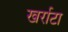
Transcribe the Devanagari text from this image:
खर्राटा